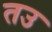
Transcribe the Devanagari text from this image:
तउ